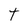
Character: t